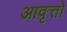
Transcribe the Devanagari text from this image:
आवृत्तो